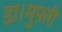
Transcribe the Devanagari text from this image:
डा।मुफ़्ती